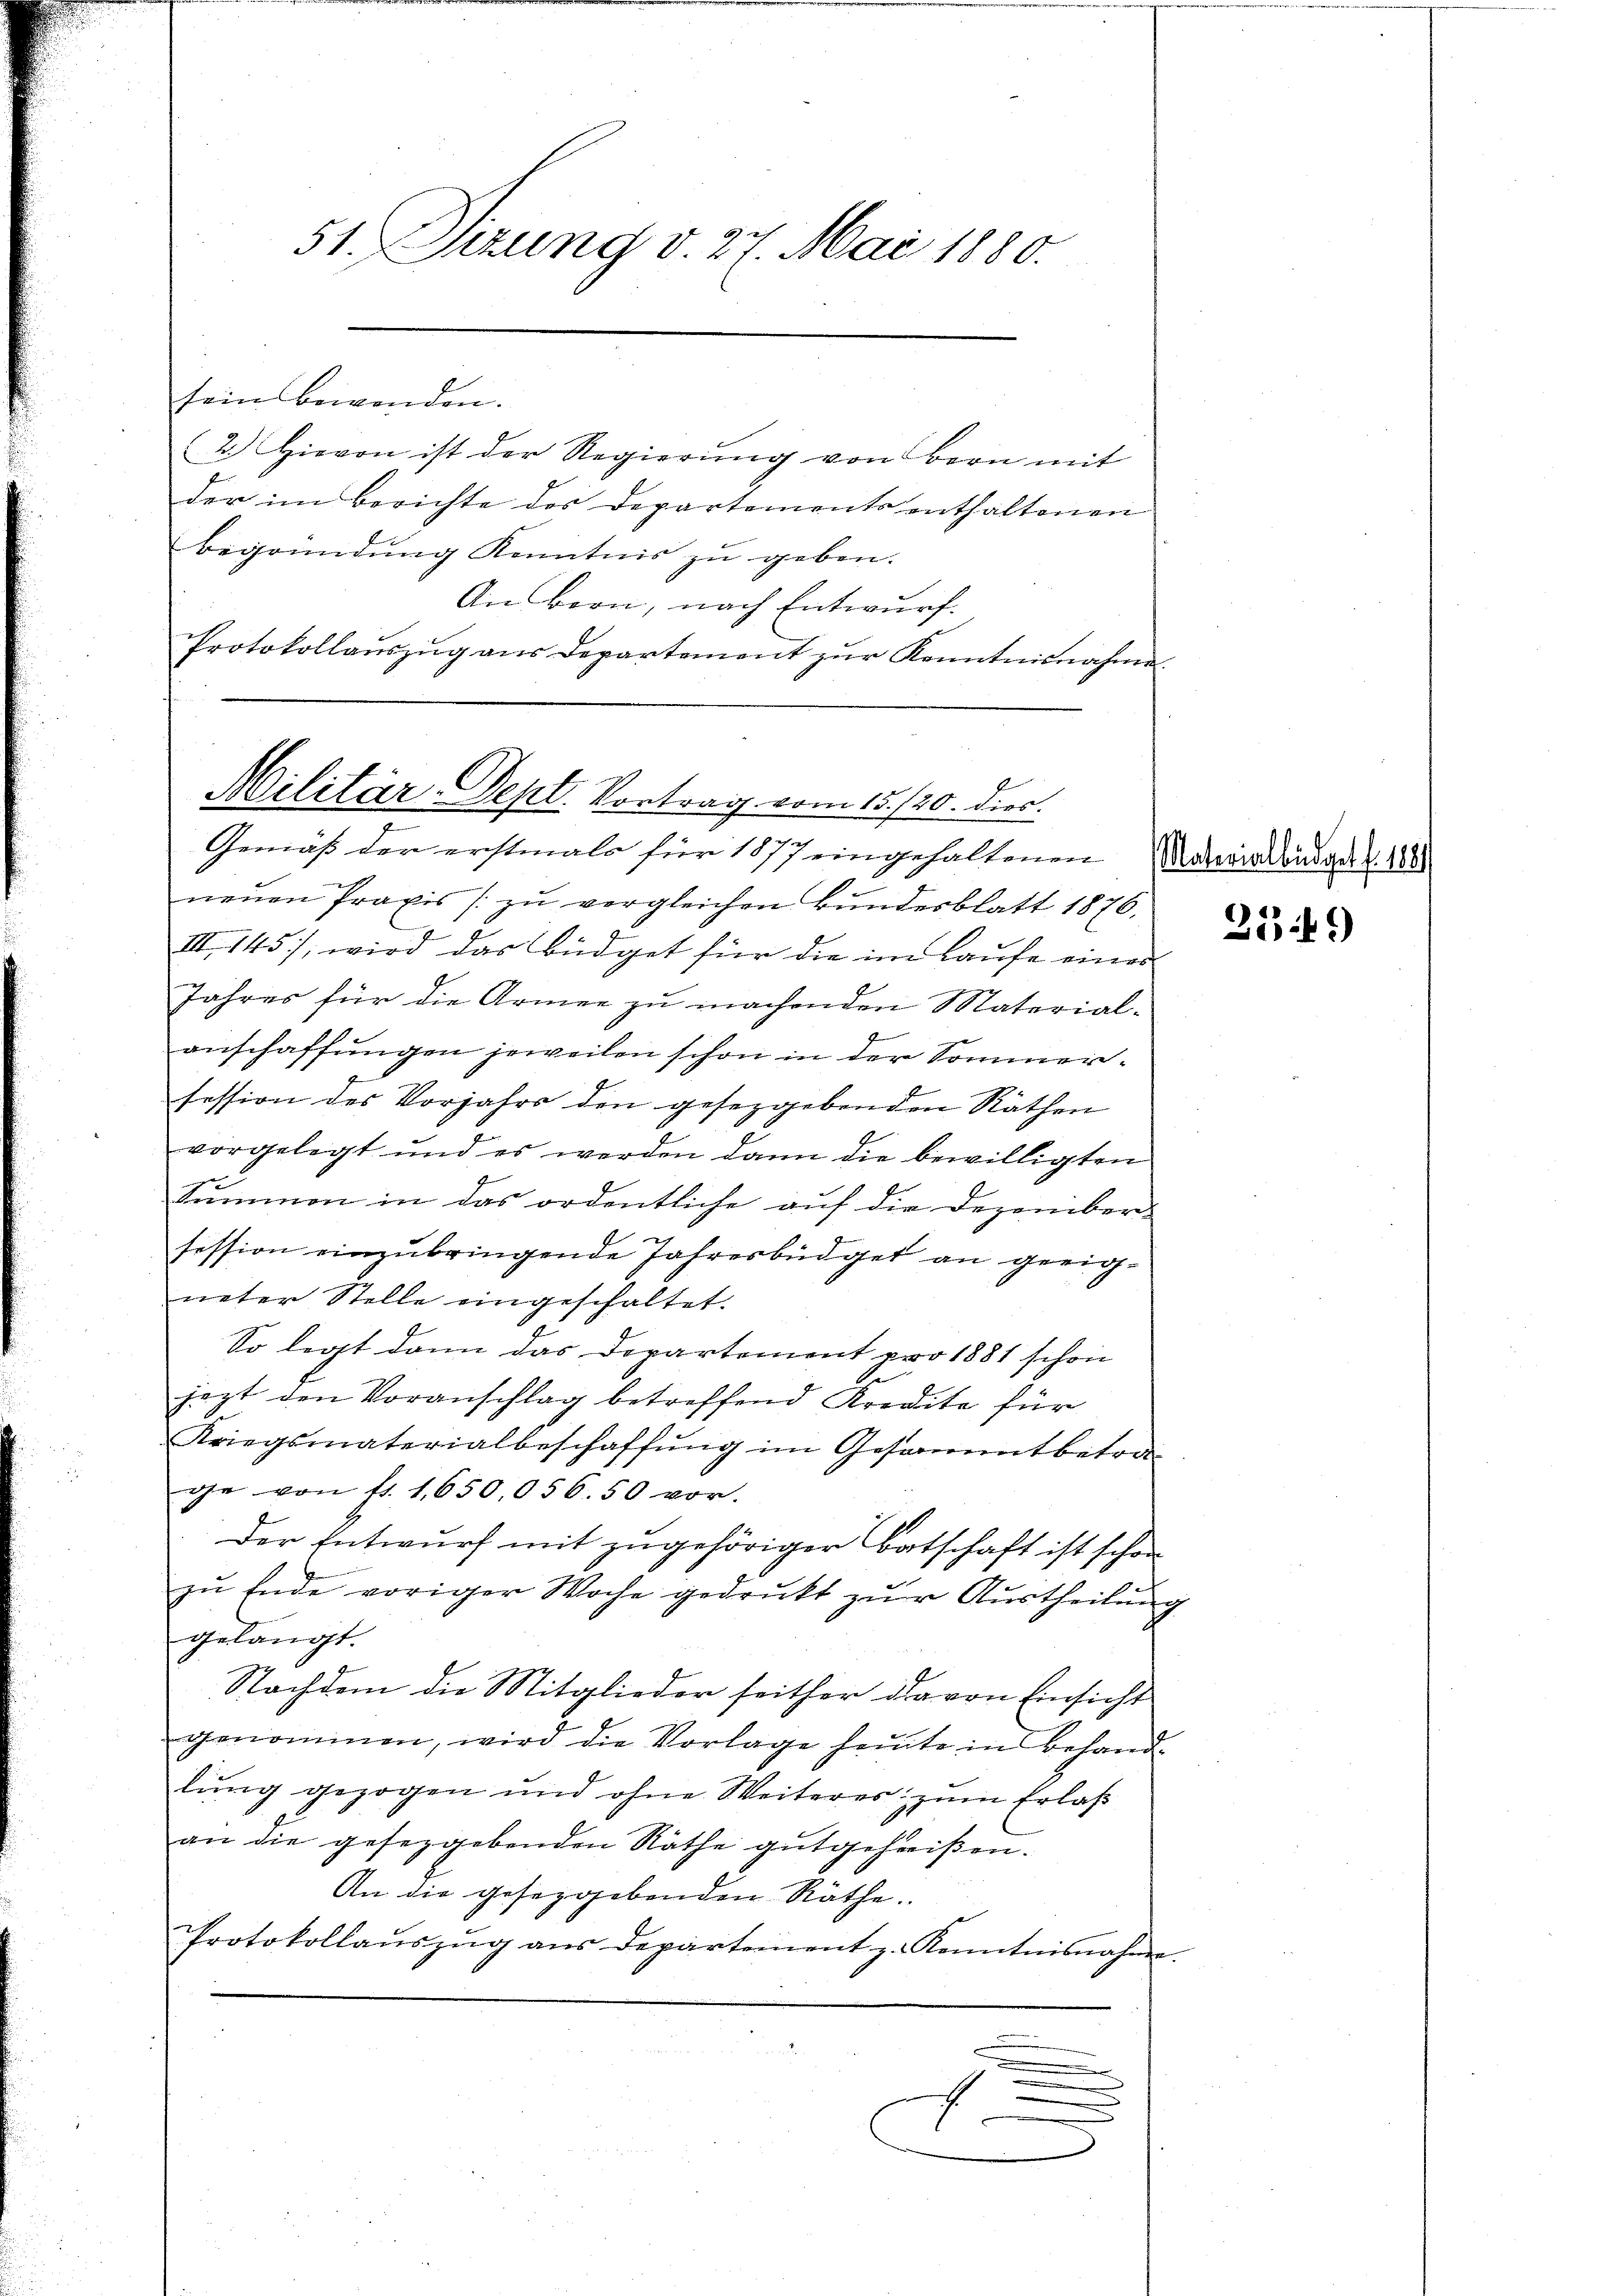
51. Sizung v. 27. Mai 1880.

sein bewenden.
2) Hievon ist der Regierŭng von Bern mit
der im Berichte des Departements enthaltenen
begründung Kenntnis zu geben. |
An Bern, nach Entwurf.
Protokollaŭszŭg aŭs Departement zŭr Kenntnisnahme.

Militär-Sept. Vortrag vom 15./20. dies
Gemäß der erstmals für 1877 eingehaltenen Materialendant. 186

neŭen Praxis / zŭ vergleichen Bundesblatt 1876.
III. 145), wird das Büdget für die im Laufe eines
Jahres für die Armee zu machenden Materialanschaffungen jeweilen schon in der Sommerfession des Vorjahrs den gesetzgebenden Räthen
vorgelegt und es werden dann die bewilligten
Summen in das ordentliche auf die Dezember
session einzubringende Jahresbüdget an geeigneter Stelle eingeschaltet.
So legt dann das Departement pro 1881 schon
jezt den Voranschlag betreffend Kredite für
Kriegsmaterialbeschaffŭng im Gesammtbetra-
ge von fr. 1,650,056. 50 vor.
Der Entwurf mit zugehöriger Botschaft ist schon
zŭ Ende voriger Woche gedruckt zŭr Aŭstheilŭng
gelangt.
Nachdem die Mitglieder seither da von Einsicht
genommen, wird die Vorlage heute in Behand-
lung gezogen und ohne Weiteres zum Erlaß
an die gesetzgebenden Räthe gutgeheißen.
An die gesezgebenden Räthe.
Protokollaŭszŭg ans Departement z. Kenntnisnahme.
.
1

256)